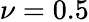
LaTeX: \nu=0.5